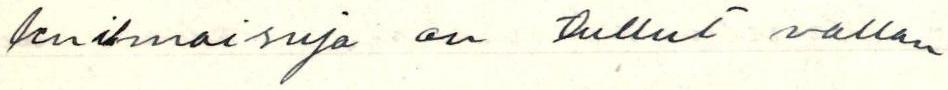
lenilmaisuja on tullut vallan